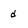
Character: d